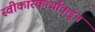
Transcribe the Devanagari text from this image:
स्वीकारकर्त्यांकडून